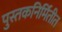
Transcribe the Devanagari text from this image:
पुस्तकनिर्मितीत